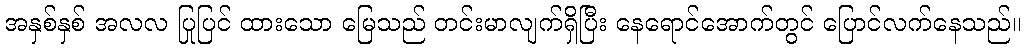
အနှစ်နှစ် အလလ ပြုပြင် ထားသော မြေသည် တင်းမာလျက်ရှိပြီး နေရောင်အောက်တွင် ပြောင်လက်နေသည်။